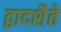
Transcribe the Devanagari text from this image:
द्वादशैते